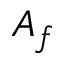
A _ { f }